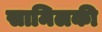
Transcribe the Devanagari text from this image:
सामिलकी